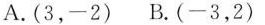
A.(3，-2) B.(-3，2)